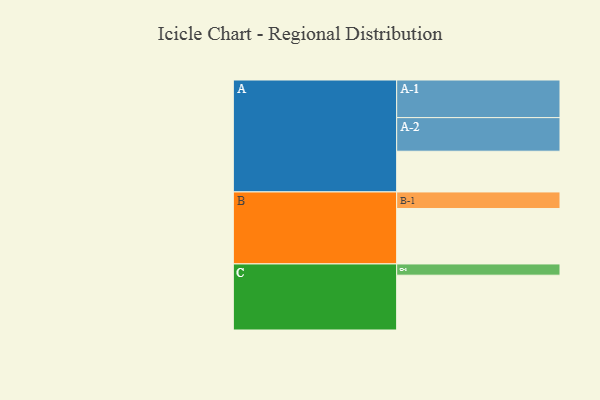
{"axis": {"x": "Segment", "y": "Value"}, "legend": ["", "A", "B", "C"], "data": [{"x": "A", "y": 315, "type": ""}, {"x": "B", "y": 429, "type": ""}, {"x": "C", "y": 424, "type": ""}, {"x": "A-1", "y": 291, "type": "A"}, {"x": "A-2", "y": 260, "type": "A"}, {"x": "B-1", "y": 128, "type": "B"}, {"x": "C-1", "y": 87, "type": "C"}]}